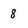
Character: 8